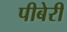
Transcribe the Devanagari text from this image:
पीबेरी